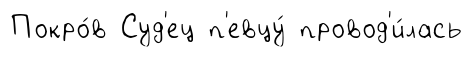
Покро́в Суд'ец п'евцу́ провод'и́лась